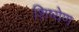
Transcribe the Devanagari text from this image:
शिष्येण